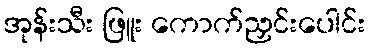
အုန်းသီး ဖြူး ကောက်ညှင်းပေါင်း